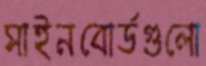
সাইনবোর্ডগুলো